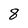
Character: 8